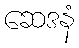
ဆေဒနံ